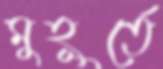
মুহূর্তে